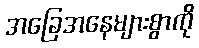
အခြေအနေများစွာကို